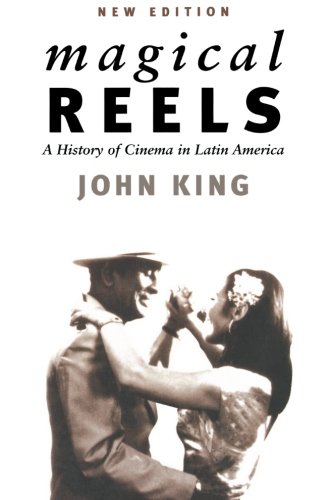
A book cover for Magical Reels: A History of Cinema in Latin America, New Edition; John King; Arts & Photography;